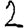
Digit: 2